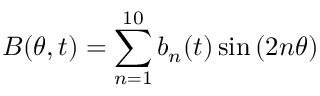
B ( \theta , t ) = \sum _ { n = 1 } ^ { 1 0 } b _ { n } ( t ) \sin { ( 2 n \theta ) }